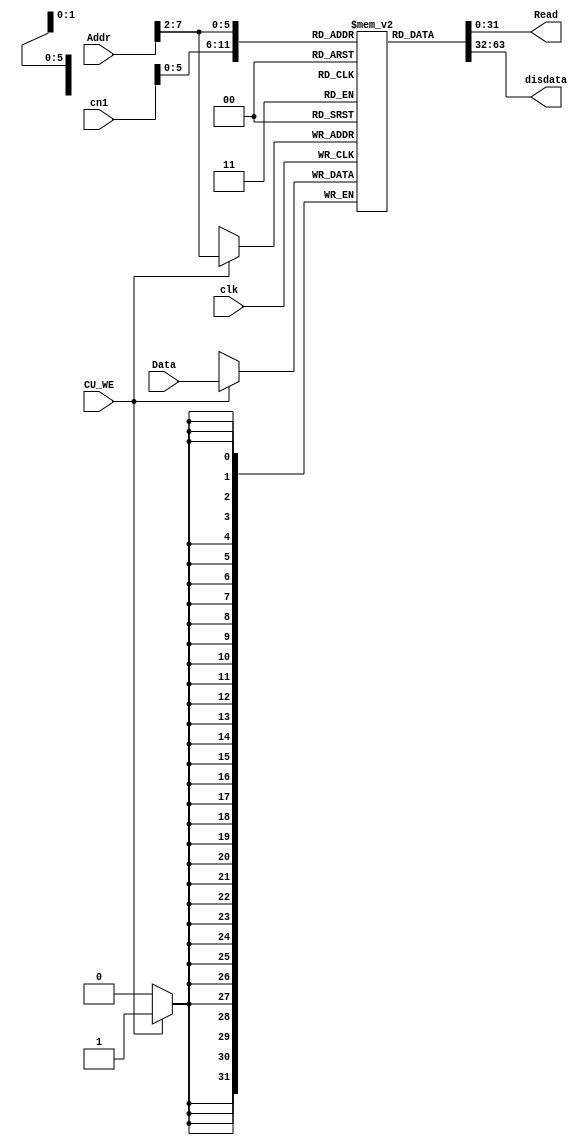
`timescale 1ns / 1ps

module DMEM(
	input clk,CU_WE,
	input [31:0]Addr,Data,
	output [31:0]Read,
	input [11:0]cn1,
	output [31:0]disdata
);

reg [31:0] RAM[63:0];

assign disdata = RAM[cn1];
assign Read = RAM[Addr[31:2]];

always @(posedge clk)
if(CU_WE) RAM[Addr[31:2]] <= Data;


endmodule